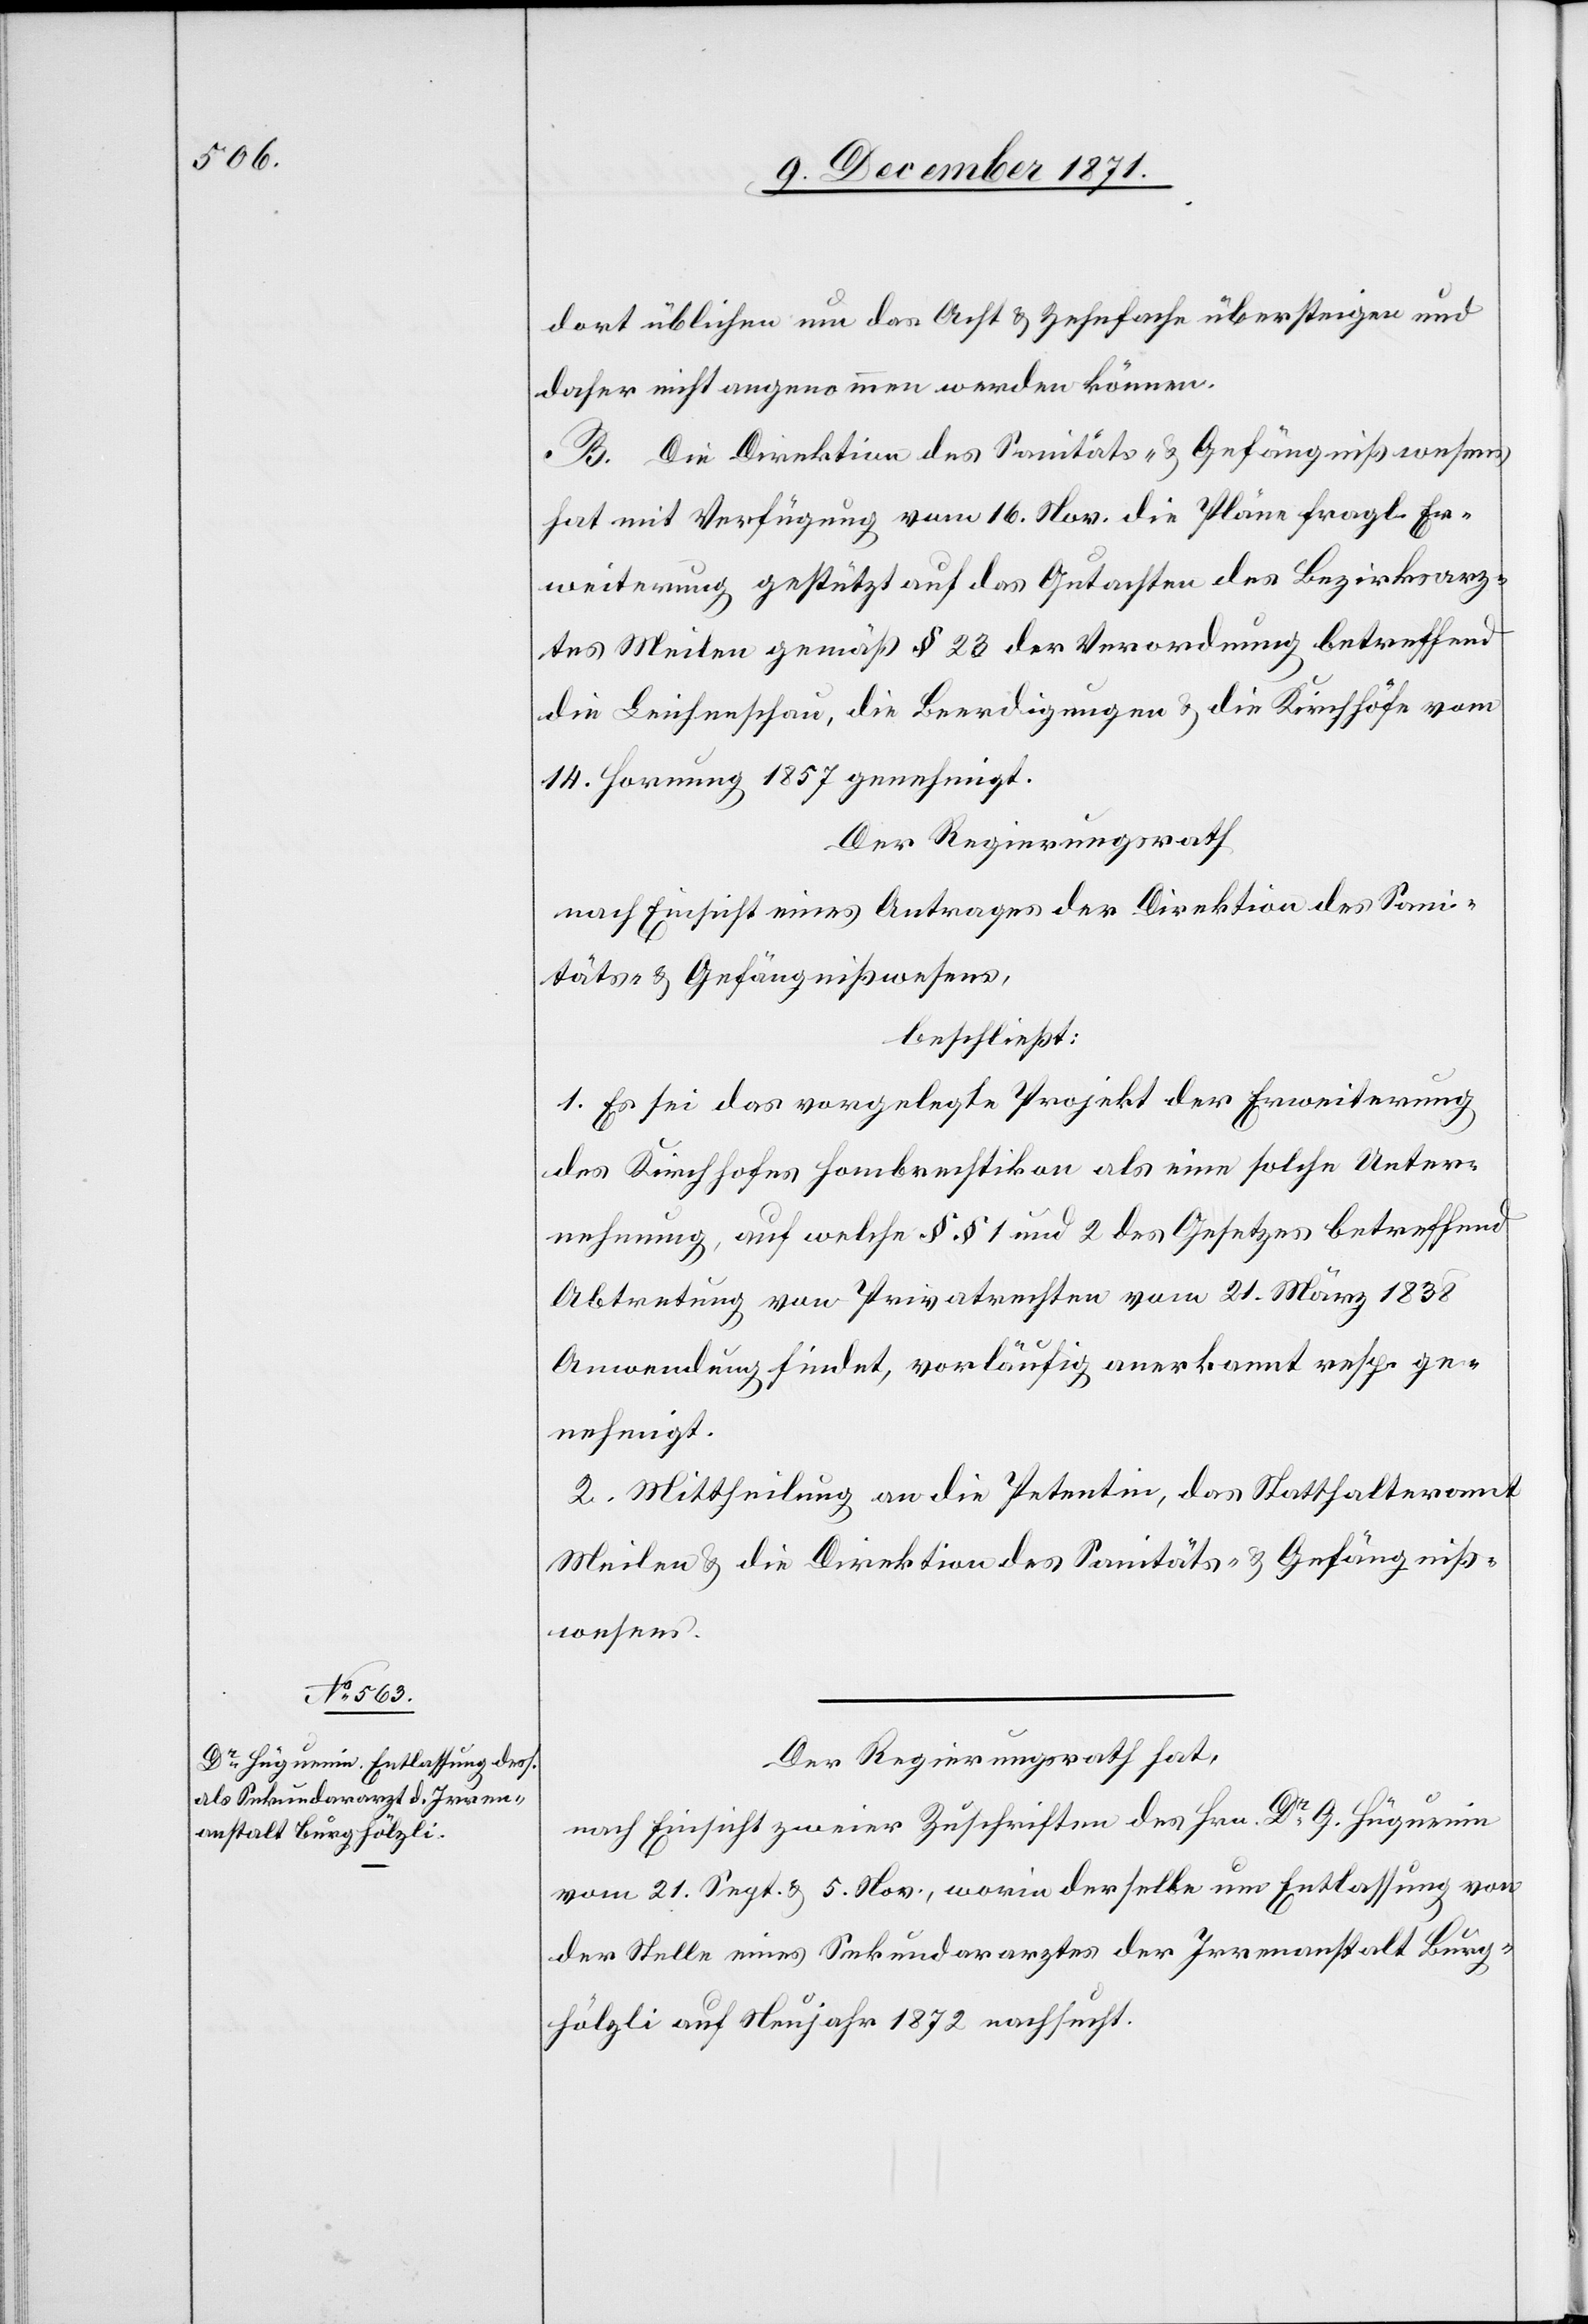
dort üblichen um das Acht[-] & Zehnfache übersteigen und
daher nicht angenommen werden können.
B. Die Direktion des Sanitäts- & Gefängnißwesens
hat mit Verfügung vom 16. Nov. die Pläne fragl. Er¬
weiterung gestützt auf das Gutachten des Bezirksra¬
thes Meilen gemäß § 23 der Verordnung betreffend
die Leichenschau, die Beerdigungen & die Kirchhöfe vom
14. Hornung 1857 genehmigt.
Der Regierungsrath
nach Einsicht eines Antrages der Direktion des Sani¬
täts- & Gefängnißwesens,
beschließt:
1. Es sei das vorgelegte Projekt der Erweiterung
des Kirchhofes Hombrechtikon als eine solche Unter¬
nehmung, auf welche §§ 1 und 2 des Gesetzes betreffend
Abtretung von Privatrechten vom 21. März 1838
[recte: finden], vorläufig anerkannt resp. ge¬
nehmigt.
2. Mittheilung an die Petentin, das Statthalteramt
Meilen & die Direktion des Sanitäts- & Gefängniß¬
wesens.
Der Regierungsrath hat,
nach Einsicht zweier Zuschriften des Hrn. Dr. G. Hüguenin
vom 21. Sept. & 5. Nov., worin derselbe um Entlassung von
der Stelle eines Sekundararztes der Irrenanstalt Burg¬
hölzli auf Neujahr 1872 nachsucht.